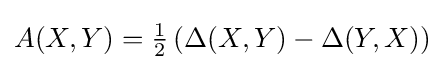
A(X,Y)={\tfrac {1}{2}}\left(\Delta (X,Y)-\Delta (Y,X)\right)